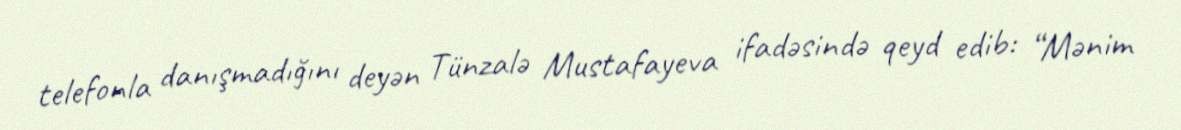
telefonla danışmadığını deyən Tünzalə Mustafayeva ifadəsində qeyd edib: “Mənim